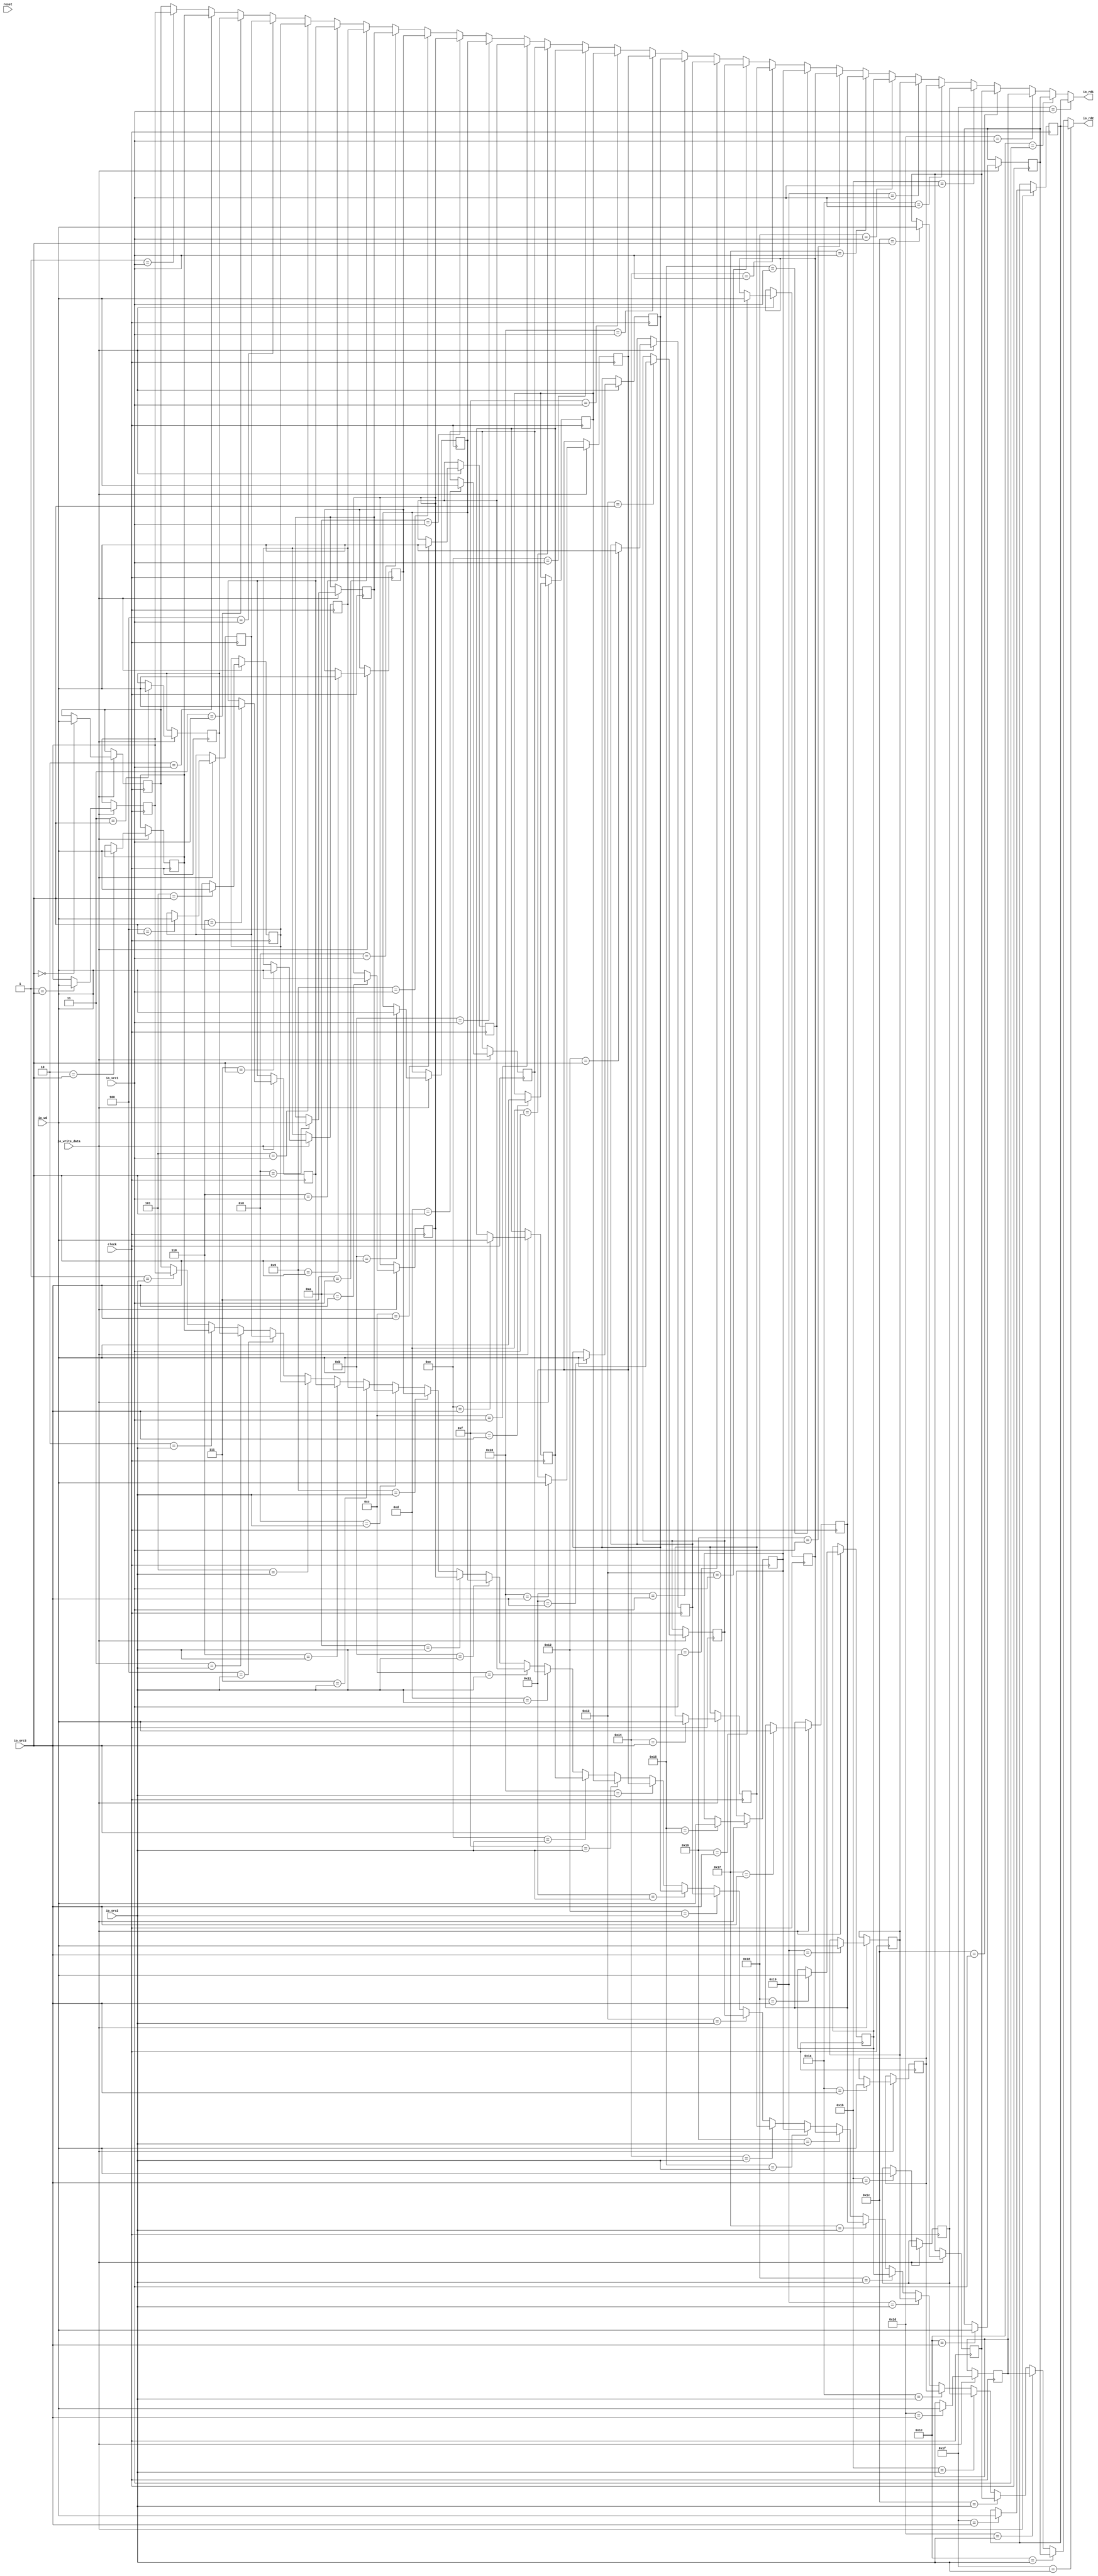
module RegisterFile(
  input         clock,
  input         reset,
  input  [4:0]  io_src1,
  input  [4:0]  io_src2,
  input  [4:0]  io_src3,
  input  [31:0] io_wd,
  input         io_write_data,
  output [31:0] io_rd1,
  output [31:0] io_rd2
);
`ifdef RANDOMIZE_REG_INIT
  reg [31:0] _RAND_0;
  reg [31:0] _RAND_1;
  reg [31:0] _RAND_2;
  reg [31:0] _RAND_3;
  reg [31:0] _RAND_4;
  reg [31:0] _RAND_5;
  reg [31:0] _RAND_6;
  reg [31:0] _RAND_7;
  reg [31:0] _RAND_8;
  reg [31:0] _RAND_9;
  reg [31:0] _RAND_10;
  reg [31:0] _RAND_11;
  reg [31:0] _RAND_12;
  reg [31:0] _RAND_13;
  reg [31:0] _RAND_14;
  reg [31:0] _RAND_15;
  reg [31:0] _RAND_16;
  reg [31:0] _RAND_17;
  reg [31:0] _RAND_18;
  reg [31:0] _RAND_19;
  reg [31:0] _RAND_20;
  reg [31:0] _RAND_21;
  reg [31:0] _RAND_22;
  reg [31:0] _RAND_23;
  reg [31:0] _RAND_24;
  reg [31:0] _RAND_25;
  reg [31:0] _RAND_26;
  reg [31:0] _RAND_27;
  reg [31:0] _RAND_28;
  reg [31:0] _RAND_29;
  reg [31:0] _RAND_30;
  reg [31:0] _RAND_31;
`endif // RANDOMIZE_REG_INIT
  reg [31:0] registerFile_0; // @[RegisterFile.scala 16:27]
  reg [31:0] registerFile_1; // @[RegisterFile.scala 16:27]
  reg [31:0] registerFile_2; // @[RegisterFile.scala 16:27]
  reg [31:0] registerFile_3; // @[RegisterFile.scala 16:27]
  reg [31:0] registerFile_4; // @[RegisterFile.scala 16:27]
  reg [31:0] registerFile_5; // @[RegisterFile.scala 16:27]
  reg [31:0] registerFile_6; // @[RegisterFile.scala 16:27]
  reg [31:0] registerFile_7; // @[RegisterFile.scala 16:27]
  reg [31:0] registerFile_8; // @[RegisterFile.scala 16:27]
  reg [31:0] registerFile_9; // @[RegisterFile.scala 16:27]
  reg [31:0] registerFile_10; // @[RegisterFile.scala 16:27]
  reg [31:0] registerFile_11; // @[RegisterFile.scala 16:27]
  reg [31:0] registerFile_12; // @[RegisterFile.scala 16:27]
  reg [31:0] registerFile_13; // @[RegisterFile.scala 16:27]
  reg [31:0] registerFile_14; // @[RegisterFile.scala 16:27]
  reg [31:0] registerFile_15; // @[RegisterFile.scala 16:27]
  reg [31:0] registerFile_16; // @[RegisterFile.scala 16:27]
  reg [31:0] registerFile_17; // @[RegisterFile.scala 16:27]
  reg [31:0] registerFile_18; // @[RegisterFile.scala 16:27]
  reg [31:0] registerFile_19; // @[RegisterFile.scala 16:27]
  reg [31:0] registerFile_20; // @[RegisterFile.scala 16:27]
  reg [31:0] registerFile_21; // @[RegisterFile.scala 16:27]
  reg [31:0] registerFile_22; // @[RegisterFile.scala 16:27]
  reg [31:0] registerFile_23; // @[RegisterFile.scala 16:27]
  reg [31:0] registerFile_24; // @[RegisterFile.scala 16:27]
  reg [31:0] registerFile_25; // @[RegisterFile.scala 16:27]
  reg [31:0] registerFile_26; // @[RegisterFile.scala 16:27]
  reg [31:0] registerFile_27; // @[RegisterFile.scala 16:27]
  reg [31:0] registerFile_28; // @[RegisterFile.scala 16:27]
  reg [31:0] registerFile_29; // @[RegisterFile.scala 16:27]
  reg [31:0] registerFile_30; // @[RegisterFile.scala 16:27]
  reg [31:0] registerFile_31; // @[RegisterFile.scala 16:27]
  wire [31:0] _GEN_1 = 5'h1 == io_src1 ? registerFile_1 : registerFile_0; // @[RegisterFile.scala 17:{12,12}]
  wire [31:0] _GEN_2 = 5'h2 == io_src1 ? registerFile_2 : _GEN_1; // @[RegisterFile.scala 17:{12,12}]
  wire [31:0] _GEN_3 = 5'h3 == io_src1 ? registerFile_3 : _GEN_2; // @[RegisterFile.scala 17:{12,12}]
  wire [31:0] _GEN_4 = 5'h4 == io_src1 ? registerFile_4 : _GEN_3; // @[RegisterFile.scala 17:{12,12}]
  wire [31:0] _GEN_5 = 5'h5 == io_src1 ? registerFile_5 : _GEN_4; // @[RegisterFile.scala 17:{12,12}]
  wire [31:0] _GEN_6 = 5'h6 == io_src1 ? registerFile_6 : _GEN_5; // @[RegisterFile.scala 17:{12,12}]
  wire [31:0] _GEN_7 = 5'h7 == io_src1 ? registerFile_7 : _GEN_6; // @[RegisterFile.scala 17:{12,12}]
  wire [31:0] _GEN_8 = 5'h8 == io_src1 ? registerFile_8 : _GEN_7; // @[RegisterFile.scala 17:{12,12}]
  wire [31:0] _GEN_9 = 5'h9 == io_src1 ? registerFile_9 : _GEN_8; // @[RegisterFile.scala 17:{12,12}]
  wire [31:0] _GEN_10 = 5'ha == io_src1 ? registerFile_10 : _GEN_9; // @[RegisterFile.scala 17:{12,12}]
  wire [31:0] _GEN_11 = 5'hb == io_src1 ? registerFile_11 : _GEN_10; // @[RegisterFile.scala 17:{12,12}]
  wire [31:0] _GEN_12 = 5'hc == io_src1 ? registerFile_12 : _GEN_11; // @[RegisterFile.scala 17:{12,12}]
  wire [31:0] _GEN_13 = 5'hd == io_src1 ? registerFile_13 : _GEN_12; // @[RegisterFile.scala 17:{12,12}]
  wire [31:0] _GEN_14 = 5'he == io_src1 ? registerFile_14 : _GEN_13; // @[RegisterFile.scala 17:{12,12}]
  wire [31:0] _GEN_15 = 5'hf == io_src1 ? registerFile_15 : _GEN_14; // @[RegisterFile.scala 17:{12,12}]
  wire [31:0] _GEN_16 = 5'h10 == io_src1 ? registerFile_16 : _GEN_15; // @[RegisterFile.scala 17:{12,12}]
  wire [31:0] _GEN_17 = 5'h11 == io_src1 ? registerFile_17 : _GEN_16; // @[RegisterFile.scala 17:{12,12}]
  wire [31:0] _GEN_18 = 5'h12 == io_src1 ? registerFile_18 : _GEN_17; // @[RegisterFile.scala 17:{12,12}]
  wire [31:0] _GEN_19 = 5'h13 == io_src1 ? registerFile_19 : _GEN_18; // @[RegisterFile.scala 17:{12,12}]
  wire [31:0] _GEN_20 = 5'h14 == io_src1 ? registerFile_20 : _GEN_19; // @[RegisterFile.scala 17:{12,12}]
  wire [31:0] _GEN_21 = 5'h15 == io_src1 ? registerFile_21 : _GEN_20; // @[RegisterFile.scala 17:{12,12}]
  wire [31:0] _GEN_22 = 5'h16 == io_src1 ? registerFile_22 : _GEN_21; // @[RegisterFile.scala 17:{12,12}]
  wire [31:0] _GEN_23 = 5'h17 == io_src1 ? registerFile_23 : _GEN_22; // @[RegisterFile.scala 17:{12,12}]
  wire [31:0] _GEN_24 = 5'h18 == io_src1 ? registerFile_24 : _GEN_23; // @[RegisterFile.scala 17:{12,12}]
  wire [31:0] _GEN_25 = 5'h19 == io_src1 ? registerFile_25 : _GEN_24; // @[RegisterFile.scala 17:{12,12}]
  wire [31:0] _GEN_26 = 5'h1a == io_src1 ? registerFile_26 : _GEN_25; // @[RegisterFile.scala 17:{12,12}]
  wire [31:0] _GEN_27 = 5'h1b == io_src1 ? registerFile_27 : _GEN_26; // @[RegisterFile.scala 17:{12,12}]
  wire [31:0] _GEN_28 = 5'h1c == io_src1 ? registerFile_28 : _GEN_27; // @[RegisterFile.scala 17:{12,12}]
  wire [31:0] _GEN_29 = 5'h1d == io_src1 ? registerFile_29 : _GEN_28; // @[RegisterFile.scala 17:{12,12}]
  wire [31:0] _GEN_30 = 5'h1e == io_src1 ? registerFile_30 : _GEN_29; // @[RegisterFile.scala 17:{12,12}]
  wire [31:0] _GEN_33 = 5'h1 == io_src2 ? registerFile_1 : registerFile_0; // @[RegisterFile.scala 18:{12,12}]
  wire [31:0] _GEN_34 = 5'h2 == io_src2 ? registerFile_2 : _GEN_33; // @[RegisterFile.scala 18:{12,12}]
  wire [31:0] _GEN_35 = 5'h3 == io_src2 ? registerFile_3 : _GEN_34; // @[RegisterFile.scala 18:{12,12}]
  wire [31:0] _GEN_36 = 5'h4 == io_src2 ? registerFile_4 : _GEN_35; // @[RegisterFile.scala 18:{12,12}]
  wire [31:0] _GEN_37 = 5'h5 == io_src2 ? registerFile_5 : _GEN_36; // @[RegisterFile.scala 18:{12,12}]
  wire [31:0] _GEN_38 = 5'h6 == io_src2 ? registerFile_6 : _GEN_37; // @[RegisterFile.scala 18:{12,12}]
  wire [31:0] _GEN_39 = 5'h7 == io_src2 ? registerFile_7 : _GEN_38; // @[RegisterFile.scala 18:{12,12}]
  wire [31:0] _GEN_40 = 5'h8 == io_src2 ? registerFile_8 : _GEN_39; // @[RegisterFile.scala 18:{12,12}]
  wire [31:0] _GEN_41 = 5'h9 == io_src2 ? registerFile_9 : _GEN_40; // @[RegisterFile.scala 18:{12,12}]
  wire [31:0] _GEN_42 = 5'ha == io_src2 ? registerFile_10 : _GEN_41; // @[RegisterFile.scala 18:{12,12}]
  wire [31:0] _GEN_43 = 5'hb == io_src2 ? registerFile_11 : _GEN_42; // @[RegisterFile.scala 18:{12,12}]
  wire [31:0] _GEN_44 = 5'hc == io_src2 ? registerFile_12 : _GEN_43; // @[RegisterFile.scala 18:{12,12}]
  wire [31:0] _GEN_45 = 5'hd == io_src2 ? registerFile_13 : _GEN_44; // @[RegisterFile.scala 18:{12,12}]
  wire [31:0] _GEN_46 = 5'he == io_src2 ? registerFile_14 : _GEN_45; // @[RegisterFile.scala 18:{12,12}]
  wire [31:0] _GEN_47 = 5'hf == io_src2 ? registerFile_15 : _GEN_46; // @[RegisterFile.scala 18:{12,12}]
  wire [31:0] _GEN_48 = 5'h10 == io_src2 ? registerFile_16 : _GEN_47; // @[RegisterFile.scala 18:{12,12}]
  wire [31:0] _GEN_49 = 5'h11 == io_src2 ? registerFile_17 : _GEN_48; // @[RegisterFile.scala 18:{12,12}]
  wire [31:0] _GEN_50 = 5'h12 == io_src2 ? registerFile_18 : _GEN_49; // @[RegisterFile.scala 18:{12,12}]
  wire [31:0] _GEN_51 = 5'h13 == io_src2 ? registerFile_19 : _GEN_50; // @[RegisterFile.scala 18:{12,12}]
  wire [31:0] _GEN_52 = 5'h14 == io_src2 ? registerFile_20 : _GEN_51; // @[RegisterFile.scala 18:{12,12}]
  wire [31:0] _GEN_53 = 5'h15 == io_src2 ? registerFile_21 : _GEN_52; // @[RegisterFile.scala 18:{12,12}]
  wire [31:0] _GEN_54 = 5'h16 == io_src2 ? registerFile_22 : _GEN_53; // @[RegisterFile.scala 18:{12,12}]
  wire [31:0] _GEN_55 = 5'h17 == io_src2 ? registerFile_23 : _GEN_54; // @[RegisterFile.scala 18:{12,12}]
  wire [31:0] _GEN_56 = 5'h18 == io_src2 ? registerFile_24 : _GEN_55; // @[RegisterFile.scala 18:{12,12}]
  wire [31:0] _GEN_57 = 5'h19 == io_src2 ? registerFile_25 : _GEN_56; // @[RegisterFile.scala 18:{12,12}]
  wire [31:0] _GEN_58 = 5'h1a == io_src2 ? registerFile_26 : _GEN_57; // @[RegisterFile.scala 18:{12,12}]
  wire [31:0] _GEN_59 = 5'h1b == io_src2 ? registerFile_27 : _GEN_58; // @[RegisterFile.scala 18:{12,12}]
  wire [31:0] _GEN_60 = 5'h1c == io_src2 ? registerFile_28 : _GEN_59; // @[RegisterFile.scala 18:{12,12}]
  wire [31:0] _GEN_61 = 5'h1d == io_src2 ? registerFile_29 : _GEN_60; // @[RegisterFile.scala 18:{12,12}]
  wire [31:0] _GEN_62 = 5'h1e == io_src2 ? registerFile_30 : _GEN_61; // @[RegisterFile.scala 18:{12,12}]
  assign io_rd1 = 5'h1f == io_src1 ? registerFile_31 : _GEN_30; // @[RegisterFile.scala 17:{12,12}]
  assign io_rd2 = 5'h1f == io_src2 ? registerFile_31 : _GEN_62; // @[RegisterFile.scala 18:{12,12}]
  always @(posedge clock) begin
    if (io_write_data) begin // @[RegisterFile.scala 19:26]
      if (5'h0 == io_src3) begin // @[RegisterFile.scala 20:31]
        registerFile_0 <= io_wd; // @[RegisterFile.scala 20:31]
      end
    end
    if (io_write_data) begin // @[RegisterFile.scala 19:26]
      if (5'h1 == io_src3) begin // @[RegisterFile.scala 20:31]
        registerFile_1 <= io_wd; // @[RegisterFile.scala 20:31]
      end
    end
    if (io_write_data) begin // @[RegisterFile.scala 19:26]
      if (5'h2 == io_src3) begin // @[RegisterFile.scala 20:31]
        registerFile_2 <= io_wd; // @[RegisterFile.scala 20:31]
      end
    end
    if (io_write_data) begin // @[RegisterFile.scala 19:26]
      if (5'h3 == io_src3) begin // @[RegisterFile.scala 20:31]
        registerFile_3 <= io_wd; // @[RegisterFile.scala 20:31]
      end
    end
    if (io_write_data) begin // @[RegisterFile.scala 19:26]
      if (5'h4 == io_src3) begin // @[RegisterFile.scala 20:31]
        registerFile_4 <= io_wd; // @[RegisterFile.scala 20:31]
      end
    end
    if (io_write_data) begin // @[RegisterFile.scala 19:26]
      if (5'h5 == io_src3) begin // @[RegisterFile.scala 20:31]
        registerFile_5 <= io_wd; // @[RegisterFile.scala 20:31]
      end
    end
    if (io_write_data) begin // @[RegisterFile.scala 19:26]
      if (5'h6 == io_src3) begin // @[RegisterFile.scala 20:31]
        registerFile_6 <= io_wd; // @[RegisterFile.scala 20:31]
      end
    end
    if (io_write_data) begin // @[RegisterFile.scala 19:26]
      if (5'h7 == io_src3) begin // @[RegisterFile.scala 20:31]
        registerFile_7 <= io_wd; // @[RegisterFile.scala 20:31]
      end
    end
    if (io_write_data) begin // @[RegisterFile.scala 19:26]
      if (5'h8 == io_src3) begin // @[RegisterFile.scala 20:31]
        registerFile_8 <= io_wd; // @[RegisterFile.scala 20:31]
      end
    end
    if (io_write_data) begin // @[RegisterFile.scala 19:26]
      if (5'h9 == io_src3) begin // @[RegisterFile.scala 20:31]
        registerFile_9 <= io_wd; // @[RegisterFile.scala 20:31]
      end
    end
    if (io_write_data) begin // @[RegisterFile.scala 19:26]
      if (5'ha == io_src3) begin // @[RegisterFile.scala 20:31]
        registerFile_10 <= io_wd; // @[RegisterFile.scala 20:31]
      end
    end
    if (io_write_data) begin // @[RegisterFile.scala 19:26]
      if (5'hb == io_src3) begin // @[RegisterFile.scala 20:31]
        registerFile_11 <= io_wd; // @[RegisterFile.scala 20:31]
      end
    end
    if (io_write_data) begin // @[RegisterFile.scala 19:26]
      if (5'hc == io_src3) begin // @[RegisterFile.scala 20:31]
        registerFile_12 <= io_wd; // @[RegisterFile.scala 20:31]
      end
    end
    if (io_write_data) begin // @[RegisterFile.scala 19:26]
      if (5'hd == io_src3) begin // @[RegisterFile.scala 20:31]
        registerFile_13 <= io_wd; // @[RegisterFile.scala 20:31]
      end
    end
    if (io_write_data) begin // @[RegisterFile.scala 19:26]
      if (5'he == io_src3) begin // @[RegisterFile.scala 20:31]
        registerFile_14 <= io_wd; // @[RegisterFile.scala 20:31]
      end
    end
    if (io_write_data) begin // @[RegisterFile.scala 19:26]
      if (5'hf == io_src3) begin // @[RegisterFile.scala 20:31]
        registerFile_15 <= io_wd; // @[RegisterFile.scala 20:31]
      end
    end
    if (io_write_data) begin // @[RegisterFile.scala 19:26]
      if (5'h10 == io_src3) begin // @[RegisterFile.scala 20:31]
        registerFile_16 <= io_wd; // @[RegisterFile.scala 20:31]
      end
    end
    if (io_write_data) begin // @[RegisterFile.scala 19:26]
      if (5'h11 == io_src3) begin // @[RegisterFile.scala 20:31]
        registerFile_17 <= io_wd; // @[RegisterFile.scala 20:31]
      end
    end
    if (io_write_data) begin // @[RegisterFile.scala 19:26]
      if (5'h12 == io_src3) begin // @[RegisterFile.scala 20:31]
        registerFile_18 <= io_wd; // @[RegisterFile.scala 20:31]
      end
    end
    if (io_write_data) begin // @[RegisterFile.scala 19:26]
      if (5'h13 == io_src3) begin // @[RegisterFile.scala 20:31]
        registerFile_19 <= io_wd; // @[RegisterFile.scala 20:31]
      end
    end
    if (io_write_data) begin // @[RegisterFile.scala 19:26]
      if (5'h14 == io_src3) begin // @[RegisterFile.scala 20:31]
        registerFile_20 <= io_wd; // @[RegisterFile.scala 20:31]
      end
    end
    if (io_write_data) begin // @[RegisterFile.scala 19:26]
      if (5'h15 == io_src3) begin // @[RegisterFile.scala 20:31]
        registerFile_21 <= io_wd; // @[RegisterFile.scala 20:31]
      end
    end
    if (io_write_data) begin // @[RegisterFile.scala 19:26]
      if (5'h16 == io_src3) begin // @[RegisterFile.scala 20:31]
        registerFile_22 <= io_wd; // @[RegisterFile.scala 20:31]
      end
    end
    if (io_write_data) begin // @[RegisterFile.scala 19:26]
      if (5'h17 == io_src3) begin // @[RegisterFile.scala 20:31]
        registerFile_23 <= io_wd; // @[RegisterFile.scala 20:31]
      end
    end
    if (io_write_data) begin // @[RegisterFile.scala 19:26]
      if (5'h18 == io_src3) begin // @[RegisterFile.scala 20:31]
        registerFile_24 <= io_wd; // @[RegisterFile.scala 20:31]
      end
    end
    if (io_write_data) begin // @[RegisterFile.scala 19:26]
      if (5'h19 == io_src3) begin // @[RegisterFile.scala 20:31]
        registerFile_25 <= io_wd; // @[RegisterFile.scala 20:31]
      end
    end
    if (io_write_data) begin // @[RegisterFile.scala 19:26]
      if (5'h1a == io_src3) begin // @[RegisterFile.scala 20:31]
        registerFile_26 <= io_wd; // @[RegisterFile.scala 20:31]
      end
    end
    if (io_write_data) begin // @[RegisterFile.scala 19:26]
      if (5'h1b == io_src3) begin // @[RegisterFile.scala 20:31]
        registerFile_27 <= io_wd; // @[RegisterFile.scala 20:31]
      end
    end
    if (io_write_data) begin // @[RegisterFile.scala 19:26]
      if (5'h1c == io_src3) begin // @[RegisterFile.scala 20:31]
        registerFile_28 <= io_wd; // @[RegisterFile.scala 20:31]
      end
    end
    if (io_write_data) begin // @[RegisterFile.scala 19:26]
      if (5'h1d == io_src3) begin // @[RegisterFile.scala 20:31]
        registerFile_29 <= io_wd; // @[RegisterFile.scala 20:31]
      end
    end
    if (io_write_data) begin // @[RegisterFile.scala 19:26]
      if (5'h1e == io_src3) begin // @[RegisterFile.scala 20:31]
        registerFile_30 <= io_wd; // @[RegisterFile.scala 20:31]
      end
    end
    if (io_write_data) begin // @[RegisterFile.scala 19:26]
      if (5'h1f == io_src3) begin // @[RegisterFile.scala 20:31]
        registerFile_31 <= io_wd; // @[RegisterFile.scala 20:31]
      end
    end
  end
// Register and memory initialization
`ifdef RANDOMIZE_GARBAGE_ASSIGN
`define RANDOMIZE
`endif
`ifdef RANDOMIZE_INVALID_ASSIGN
`define RANDOMIZE
`endif
`ifdef RANDOMIZE_REG_INIT
`define RANDOMIZE
`endif
`ifdef RANDOMIZE_MEM_INIT
`define RANDOMIZE
`endif
`ifndef RANDOM
`define RANDOM $random
`endif
`ifdef RANDOMIZE_MEM_INIT
  integer initvar;
`endif
`ifndef SYNTHESIS
`ifdef FIRRTL_BEFORE_INITIAL
`FIRRTL_BEFORE_INITIAL
`endif
initial begin
  `ifdef RANDOMIZE
    `ifdef INIT_RANDOM
      `INIT_RANDOM
    `endif
    `ifndef VERILATOR
      `ifdef RANDOMIZE_DELAY
        #`RANDOMIZE_DELAY begin end
      `else
        #0.002 begin end
      `endif
    `endif
`ifdef RANDOMIZE_REG_INIT
  _RAND_0 = {1{`RANDOM}};
  registerFile_0 = _RAND_0[31:0];
  _RAND_1 = {1{`RANDOM}};
  registerFile_1 = _RAND_1[31:0];
  _RAND_2 = {1{`RANDOM}};
  registerFile_2 = _RAND_2[31:0];
  _RAND_3 = {1{`RANDOM}};
  registerFile_3 = _RAND_3[31:0];
  _RAND_4 = {1{`RANDOM}};
  registerFile_4 = _RAND_4[31:0];
  _RAND_5 = {1{`RANDOM}};
  registerFile_5 = _RAND_5[31:0];
  _RAND_6 = {1{`RANDOM}};
  registerFile_6 = _RAND_6[31:0];
  _RAND_7 = {1{`RANDOM}};
  registerFile_7 = _RAND_7[31:0];
  _RAND_8 = {1{`RANDOM}};
  registerFile_8 = _RAND_8[31:0];
  _RAND_9 = {1{`RANDOM}};
  registerFile_9 = _RAND_9[31:0];
  _RAND_10 = {1{`RANDOM}};
  registerFile_10 = _RAND_10[31:0];
  _RAND_11 = {1{`RANDOM}};
  registerFile_11 = _RAND_11[31:0];
  _RAND_12 = {1{`RANDOM}};
  registerFile_12 = _RAND_12[31:0];
  _RAND_13 = {1{`RANDOM}};
  registerFile_13 = _RAND_13[31:0];
  _RAND_14 = {1{`RANDOM}};
  registerFile_14 = _RAND_14[31:0];
  _RAND_15 = {1{`RANDOM}};
  registerFile_15 = _RAND_15[31:0];
  _RAND_16 = {1{`RANDOM}};
  registerFile_16 = _RAND_16[31:0];
  _RAND_17 = {1{`RANDOM}};
  registerFile_17 = _RAND_17[31:0];
  _RAND_18 = {1{`RANDOM}};
  registerFile_18 = _RAND_18[31:0];
  _RAND_19 = {1{`RANDOM}};
  registerFile_19 = _RAND_19[31:0];
  _RAND_20 = {1{`RANDOM}};
  registerFile_20 = _RAND_20[31:0];
  _RAND_21 = {1{`RANDOM}};
  registerFile_21 = _RAND_21[31:0];
  _RAND_22 = {1{`RANDOM}};
  registerFile_22 = _RAND_22[31:0];
  _RAND_23 = {1{`RANDOM}};
  registerFile_23 = _RAND_23[31:0];
  _RAND_24 = {1{`RANDOM}};
  registerFile_24 = _RAND_24[31:0];
  _RAND_25 = {1{`RANDOM}};
  registerFile_25 = _RAND_25[31:0];
  _RAND_26 = {1{`RANDOM}};
  registerFile_26 = _RAND_26[31:0];
  _RAND_27 = {1{`RANDOM}};
  registerFile_27 = _RAND_27[31:0];
  _RAND_28 = {1{`RANDOM}};
  registerFile_28 = _RAND_28[31:0];
  _RAND_29 = {1{`RANDOM}};
  registerFile_29 = _RAND_29[31:0];
  _RAND_30 = {1{`RANDOM}};
  registerFile_30 = _RAND_30[31:0];
  _RAND_31 = {1{`RANDOM}};
  registerFile_31 = _RAND_31[31:0];
`endif // RANDOMIZE_REG_INIT
  `endif // RANDOMIZE
end // initial
`ifdef FIRRTL_AFTER_INITIAL
`FIRRTL_AFTER_INITIAL
`endif
`endif // SYNTHESIS
endmodule